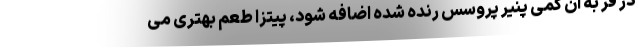
در فر به آن کمی پنیر پروسس رنده شده اضافه شود، پیتزا طعم بهتری می